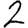
Digit: 2